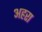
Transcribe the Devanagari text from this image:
अहरा